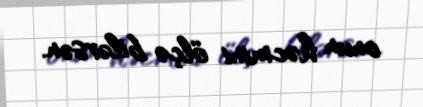
onun həcmini ölçə bilərsən.